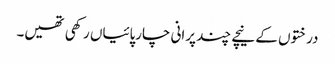
درختوں کے نیچے چند پرانی چارپائیاں رکھی تھیں۔